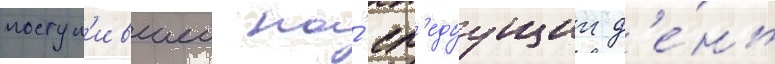
поступ'ившеи на́ сл'едуущии д'е́нь